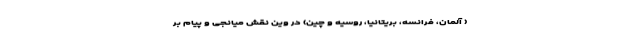
( آلمان، فرانسه، بریتانیا، روسیه و چین) در وین نقش میانجی و پیام بَر